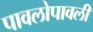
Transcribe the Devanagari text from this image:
पावलोपावली